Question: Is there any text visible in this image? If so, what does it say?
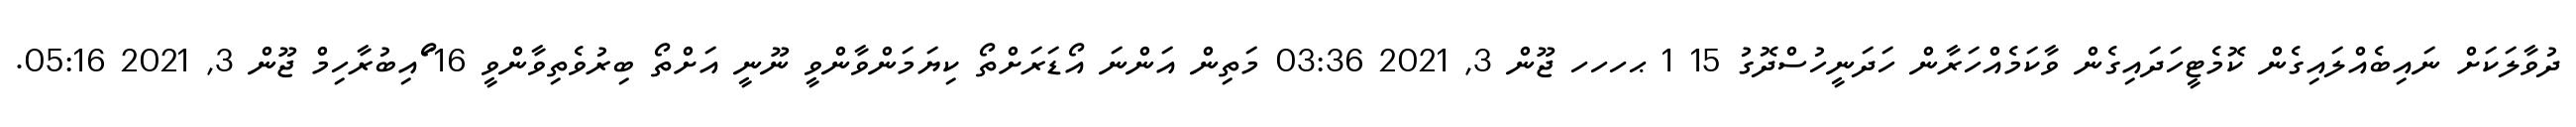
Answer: ދުވާލަކަށް ނައިބެއްލައިގެން ކޮމެޓީހަދައިގެން ވާކަމެއްހަރާން ހަދަނީހުސްދޮގު 15 1 ޙހހހ ޖޫން 3, 2021 03:36 މަތިން އަންނަ އޯޑަރަށްތޯ ކިޔަމަންވާންވީ ނޫނީ އަށްތޯ ބިރުވެތިވާންވީ 16 ޯައިބުރާހިމް ޖޫން 3, 2021 05:16.